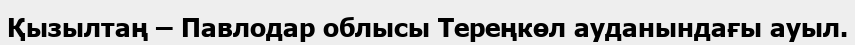
Қызылтаң – Павлодар облысы Тереңкөл ауданындағы ауыл.